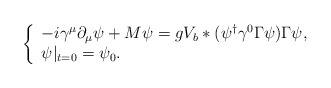
\begin{align*}\left\{\begin{array}{l}-i\gamma^\mu\partial_\mu\psi +M\psi = gV_b*(\psi^\dagger\gamma^0\Gamma\psi)\Gamma\psi, \\\psi|_{t=0} = \psi_0.\end{array}\right.\end{align*}